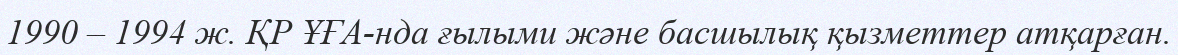
1990 – 1994 ж. ҚР ҰҒА-нда ғылыми және басшылық қызметтер атқарған.